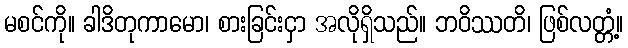
မစင်ကို။ ခါဒိတုကာမော၊ စားခြင်းငှာ အလိုရှိသည်။ ဘဝိဿတိ၊ ဖြစ်လတ္တံ့။